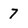
Character: 7